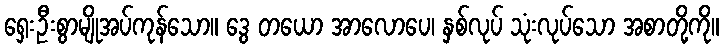
ရှေးဦးစွာမျိုအပ်ကုန်သော။ ဒွေ တယော အာလောပေ၊ နှစ်လုပ် သုံးလုပ်သော အစာတို့ကို။